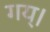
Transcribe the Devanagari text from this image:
गय्।